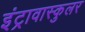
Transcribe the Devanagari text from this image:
इंट्रावास्कुलर